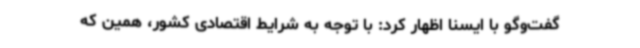
گفت‌وگو با ایسنا اظهار کرد: با توجه به شرایط اقتصادی کشور، همین که